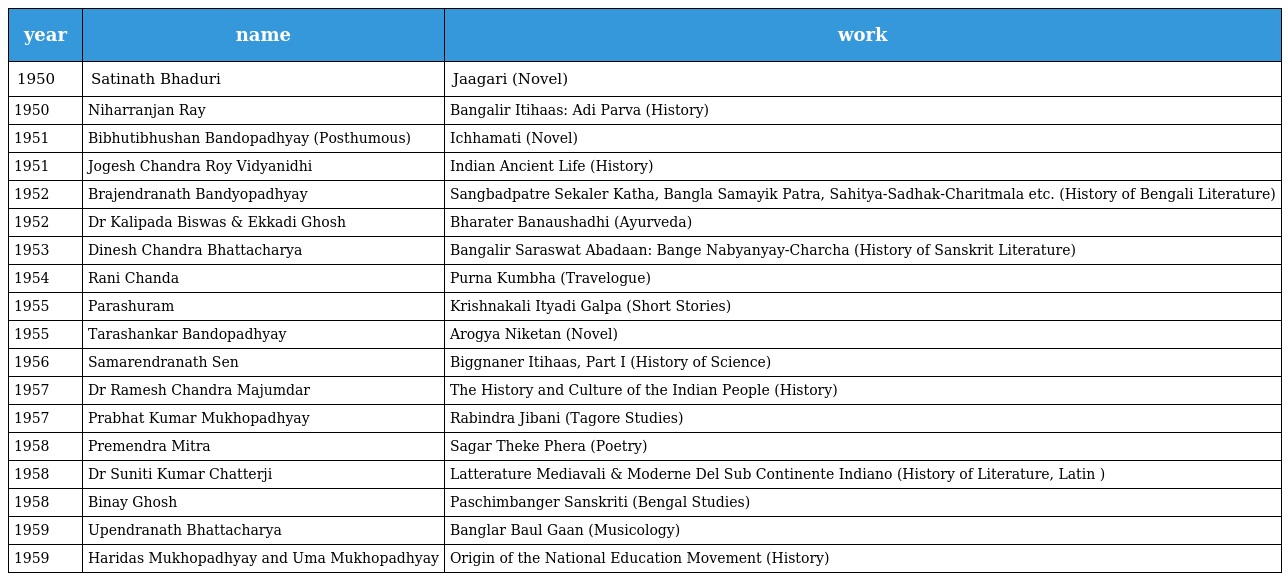
| year | name | work |
 | --- | --- | --- |
 | 1950 | Satinath Bhaduri | Jaagari (Novel) |
 | 1950 | Niharranjan Ray | Bangalir Itihaas: Adi Parva (History) |
 | 1951 | Bibhutibhushan Bandopadhyay (Posthumous) | Ichhamati (Novel) |
 | 1951 | Jogesh Chandra Roy Vidyanidhi | Indian Ancient Life (History) |
 | 1952 | Brajendranath Bandyopadhyay | Sangbadpatre Sekaler Katha, Bangla Samayik Patra, Sahitya-Sadhak-Charitmala etc. (History of Bengali Literature) |
 | 1952 | Dr Kalipada Biswas & Ekkadi Ghosh | Bharater Banaushadhi (Ayurveda) |
 | 1953 | Dinesh Chandra Bhattacharya | Bangalir Saraswat Abadaan: Bange Nabyanyay-Charcha (History of Sanskrit Literature) |
 | 1954 | Rani Chanda | Purna Kumbha (Travelogue) |
 | 1955 | Parashuram | Krishnakali Ityadi Galpa (Short Stories) |
 | 1955 | Tarashankar Bandopadhyay | Arogya Niketan (Novel) |
 | 1956 | Samarendranath Sen | Biggnaner Itihaas, Part I (History of Science) |
 | 1957 | Dr Ramesh Chandra Majumdar | The History and Culture of the Indian People (History) |
 | 1957 | Prabhat Kumar Mukhopadhyay | Rabindra Jibani (Tagore Studies) |
 | 1958 | Premendra Mitra | Sagar Theke Phera (Poetry) |
 | 1958 | Dr Suniti Kumar Chatterji | Latterature Mediavali & Moderne Del Sub Continente Indiano (History of Literature, Latin ) |
 | 1958 | Binay Ghosh | Paschimbanger Sanskriti (Bengal Studies) |
 | 1959 | Upendranath Bhattacharya | Banglar Baul Gaan (Musicology) |
 | 1959 | Haridas Mukhopadhyay and Uma Mukhopadhyay | Origin of the National Education Movement (History) |